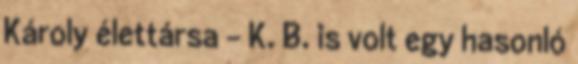
Károly élettársa – K. B. is volt egy hasonló